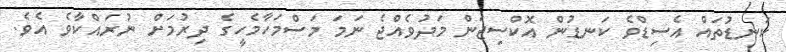
ކަނޑުތައް އެސިޑްވެ ކަނޑުން އޮކްސިޖަން މަދުވެއްޖެ ނަމަ މަސްމަހާމެހީގެ ދިރުމަށް ނުރައްކާވެ އެވެ.